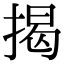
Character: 揭